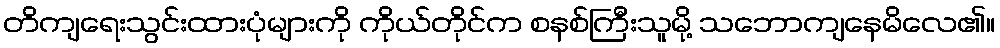
တိကျရေးသွင်းထားပုံများကို ကိုယ်တိုင်က စနစ်ကြီးသူမို့ သဘောကျနေမိလေ၏။